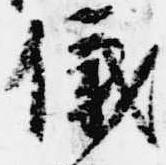
儀